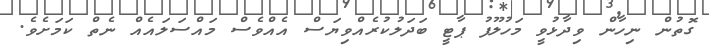
ގޮތުން ނިހާން ވިދާޅުވީ މަހުލޫފު ޕާޓީ ބަދަލުކުރެއްވިޔަސް އެއްވެސް މައްސަލައެއް ނެތް ކަމަށެވެ.